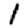
Digit: 1